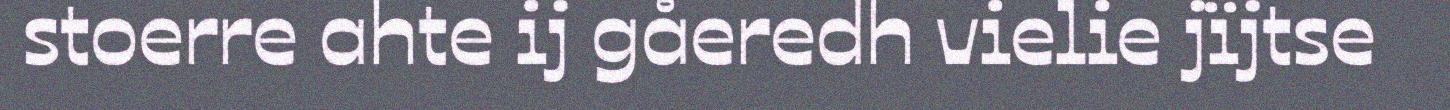
stoerre ahte ij gåeredh vielie jïjtse